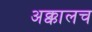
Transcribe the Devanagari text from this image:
अक्कालच